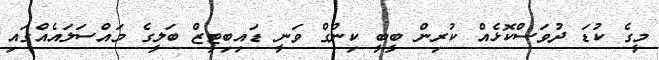
މީގެ ކުޑަ ދުުވަސްކޮޅެއް ކުރިން ބީބީ ކިންގް ވަނީ ޑައިބިޓީޒް ބަލީގެ މައްސަލައެއްގައި